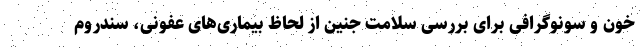
خون و سونوگرافی برای بررسی سلامت جنین از لحاظ بیماری‌های عفونی، سندروم